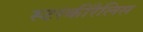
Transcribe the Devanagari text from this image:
स्टरकीरैलिस